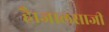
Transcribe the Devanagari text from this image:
है।जालसाजी